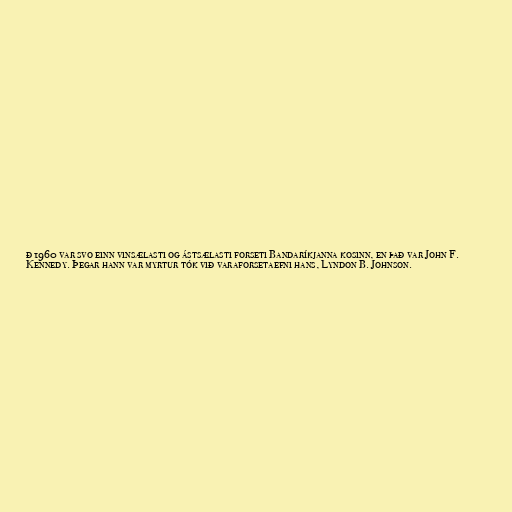
ð 1960 var svo einn vinsælasti og ástsælasti forseti Bandaríkjanna kosinn, en það var John F.
Kennedy. Þegar hann var myrtur tók við varaforsetaefni hans, Lyndon B. Johnson.